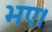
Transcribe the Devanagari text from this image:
भए।